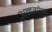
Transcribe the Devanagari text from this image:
अनगोळ